Report of the Indian Hemp Drugs Commission, 1894-1895 - Volume V
Year: 1894
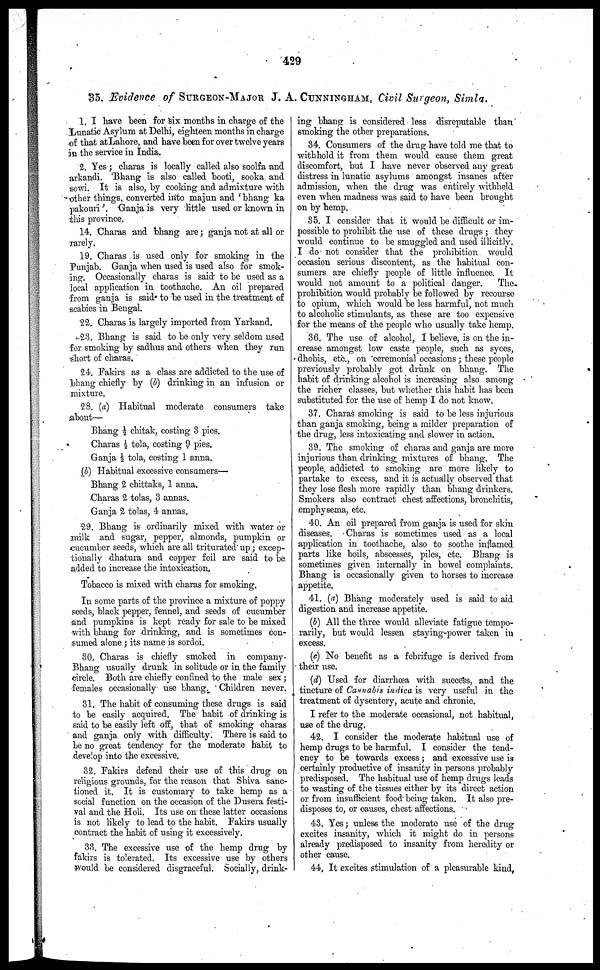
429
35. Evidence of SURGEON-MAJOR J. A
1. I have been for six months in charge of the
lunatic Asylum at Delhi, eighteen months in charge
of that atLahore, and have been for over twelve years
in the service in India.
2. Yes ; charas is locally called also soolfa and
arkandi. Bhang is also called booti, sooka and
sowi. It is also, by cooking and admixture with
other things, converted into majun and ' bhang ka
pakouri'. Ganja is very little used or known in
this province.
14. Charas and bhang are; ganja not at all or
rarely.
19. Charas is used only for smoking in the
Punjab. Ganja when used is used also for smok-
ing. Occasionally charas is said to be used as a
local application in toothache. An oil prepared
from ganja is said to be used in the treatment of
scabies in Bengal.
22. Charas is largely imported from Yarkand.
23. Bhang is said to be only very seldom used
for smoking by sadhus and others when they run
short of charas.
21. Fakirs as a class are addicted to the use of
bhang chiefly by (b) drinking in an infusion or
mixture.
28. (a) Habitual moderate consumers take
about—
Bhang ½ chitak, costing 3 pies.
Charas ½ tola, costing 9 pies.
Ganja ½ tola, costing 1 anna.
(b) Habitual excessive consumers—
Bhang 2 chittaks, 1 anna.
Charas 2 tolas, 3 annas.
Ganja 2. tolas, 4 annas.
29. Bhang is ordinarily mixed with water or
milk and sugar, pepper, almonds, pumpkin or
cucumber seeds, which are all triturated up; excep-
tionally dhatura and copper foil are said to be
added to increase the intoxication.
Tobacco is mixed with charas for smoking.
In some parts of the province a mixture of poppy
seeds, black pepper, fennel, and seeds of cucumber
and pumpkins is kept ready for sale to be mixed
with bhang for drinking, and is sometimes con-
sumed alone ; its name is sordoi.
30. Charas is chiefly smoked in company'
Bhang usually drunk in solitude or in the family
circle. Both are chiefly confined to the male sex;
females occasionally use bhang Children never.
31. The habit of consuming these drugs is said
to be easily acquired. The habit of drinking is
said to be easily left off, that of smoking dharas
and ganja only with difficulty. There is said to
be no great tendency for the moderate habit to
develop into the excessive.
32. Fakirs defend their use of this drug on
religious grounds, for the reason that Shiva sanc-
tioned it. It is customary to take hemp as a
social function on the occasion of the Dusera festi-
val and the Holi. Its use on these latter occasions
is not likely to lead to the habit. Fakirs usually
contract the habit of using it excessively.
33. The excessive use of the hemp drug by
fakirs is tolerated. Its excessive use by others
would be considered disgraceful. Socially, drink-
CUNNINGHAM , Civil Surgeon, Simla.
ing bhang is considered less disreputable than
smoking the other preparations.
34. Consumers of the drug have told me that to
withhold it from them would cause them great
discomfort, but I have never observed any great
distress in lunatic asylums amongst insanes after
admission, when the drug was entirely withheld
even when madness was said to have been brought
on by hemp.
35. I consider that it would be difficult or im-
possible to prohibit the use of these drugs; they
would continue to be smuggled and used illicitly,
I do not consider that the prohibition would
occasion serious discontent, as the habitual con-
sumers are chiefly people of little influence. It
would not amount to a political danger.
The.
prohibition would probably be followed by recourse
to opium, which would be less harmful, not much
to alcoholic stimulants, as these are too expensive
for the means of the people who usually take hemp.
36. The use of alcohol, I believe, is on the in-
crease amongst low caste people, such as syces,
dhobis, etc., on ceremonial occasions; these people
previously probably got drunk on bhang. The
habit of drinking alcohol is increasing; also among
the richer classes, but whether this habit has been
substituted for the use of hemp I do not know.
37. Charas smoking is said to be less injurious
than ganja smoking, being a milder preparation of
the drug, less intoxicating and slower in action.
39. The smoking of charas and ganja are more
injurious than drinking, mixtures of bhang. The
people, addicted to smoking are more likely to
partake to excess, and it is actually observed that
they lose flesh more rapidly than bhang drinkers.
Smokers also contract chest affections, bronchitis,
emphysema, etc.
40. An oil prepared from ganja is used for skin
diseases. Charas is sometimes used as a local
application in toothache, also to soothe inflamed
parts like boils, abscesses, piles, etc. Bhang is
sometimes given internally in bowel complaints.
Bhang is occasionally given to horses to increase
appetite.
41. (a) Bhang moderately used is said to aid
digestion and increase appetite.
(b) All the three would alleviate fatigue tempo-
rarily, but would lessen staying-power taken in
excess.
(c) No benefit as a febrifuge is derived from
their use.
(d) Used for diarrhœa with success, and the
tincture of Cannahis indica is very useful in the
treatment of dysentery, acute and chronic.
I refer to the moderate occasional, not habitual,
use of the drug.
42. I consider the moderate habitual use of
hemp drugs to be harmful. I consider the tend-
ency to be towards excess; and excessive use is
certainly productive of insanity in persons probably
predisposed. The habitual use of hemp drugs leads
to wasting of the tissues either by its direct action
or from insufficient food being taken. It also pre-
disposes to, or causes, chest affections.
43. Yes; unless the moderate use of the drug
excites insanity, which it might do in persons
already predisposed to insanity from heredity or
other cause.
44. It excites stimulation of a pleasurable kind,